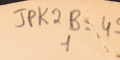
JPK2B-45 	1